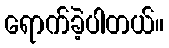
ရောက်ခဲ့ပါတယ်။